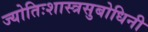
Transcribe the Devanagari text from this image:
ज्योतिःशास्त्रसुबोधिनी